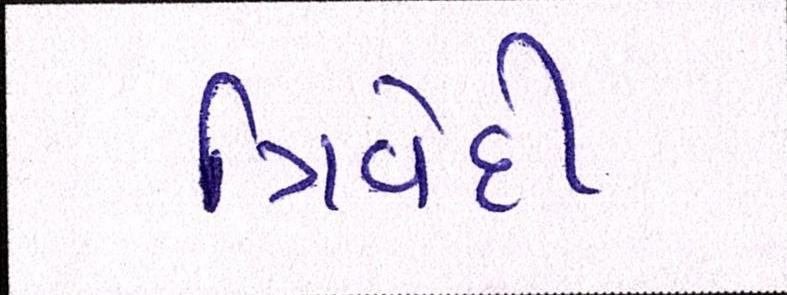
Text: ત્રિવેદી